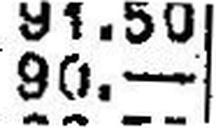
90.—